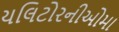
યલિટોરનીઓમા